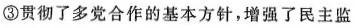
③贯彻了多党合作的基本方针，增强了民主监